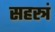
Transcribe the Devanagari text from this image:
सहस्त्रं